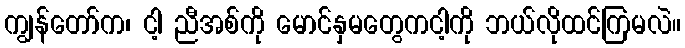
ကျွန်တော်က၊ ငါ့ ညီအစ်ကို မောင်နှမတွေကငါ့ကို ဘယ်လိုထင်ကြမလဲ။